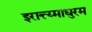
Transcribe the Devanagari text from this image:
इरात्त्य्माधुरम